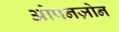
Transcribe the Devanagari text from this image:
ओपनज़ोन